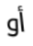
أو